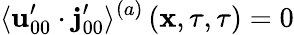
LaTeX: \langle\mathbf{u}_{00}^{\prime}\cdot\mathbf{j}_{00}^{\prime}\rangle^{(a)}\left(\mathbf{x},\tau,\tau\right)=0